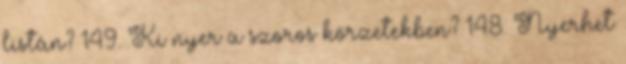
listán? 149. Ki nyer a szoros körzetekben? 148. Nyerhet